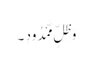
وَ ظِلٍّ مَّمْدُودٍ ۔